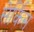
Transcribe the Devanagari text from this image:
सेर्किस